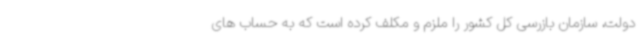
دولت، سازمان بازرسی کل کشور را ملزم و مکلف کرده است که به حساب های